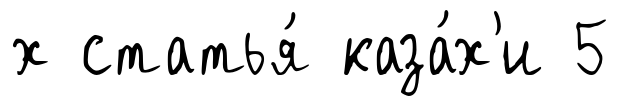
х статья́ каза́х'и 5